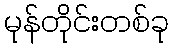
မုန်တိုင်းတစ်ခု